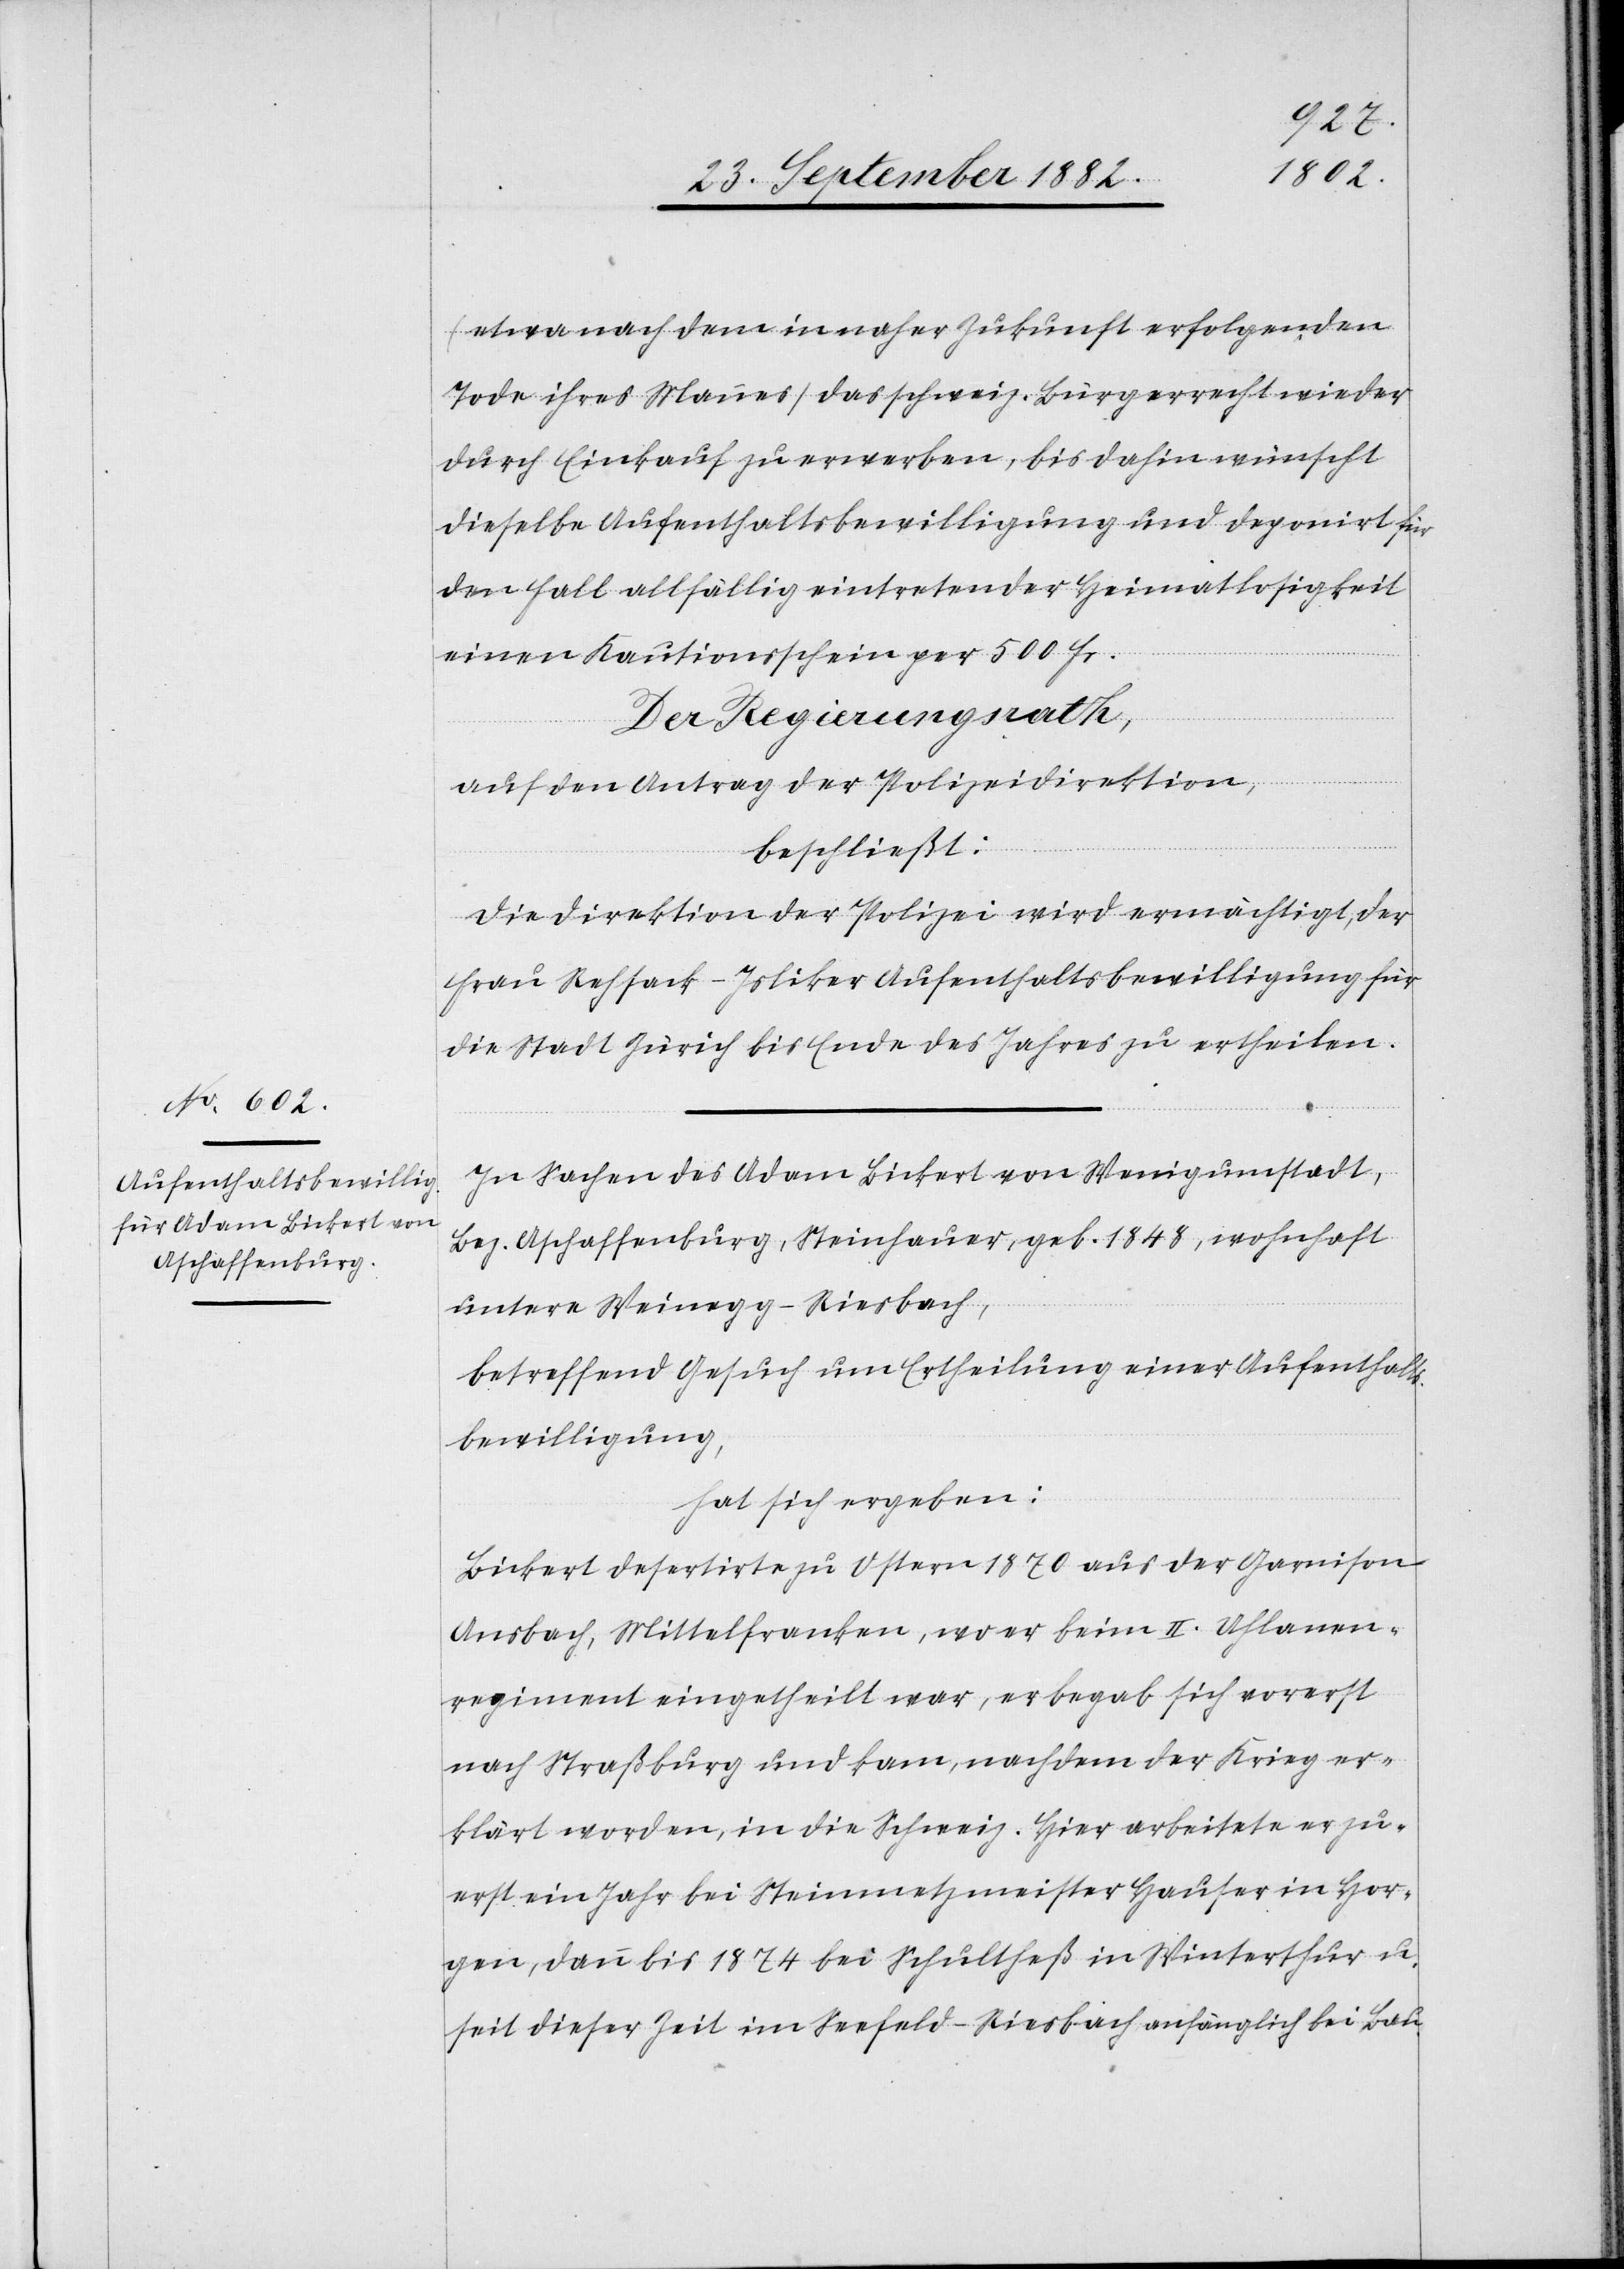
(etwa nach dem ein naher Zukunft erfolgenden
Tode ihres Mannes) das schweiz. Bürgerrecht wieder
durch Einkauf zu erwerben, bis dahin wünscht
dieselbe Aufenthaltsbewilligung und deponirt für
den Fall allfällig eintretender Heimatlosigkeit
einen Kautionsschein per 500 Fr.
Der Regierungsrath,
auf den Antrag der Polizeidirektion,
beschließt:
Die Direktion der Polizei wird ermächtigt, der
Frau Rehsack-Isliker Aufenthaltsbewilligung für
die Stadt Zürich bis Ende des Jahres zu ertheilen.
In Sachen des Adam Bickert von Wenigumstadt,
Bez. Aschaffenburg, Steinhauer, geb. 1848, wohnhaft
untere Weinegg - Riesbach,
betreffend Gesuch um Ertheilung einer Aufenthalts¬
bewilligung,
hat sich ergeben:
Bickert desertirte zu Ostern 1870 aus der Garnison
Ansbach, Mittelfranken, wo er beim II. Uhlanen¬
regiment eingetheilt war, er begab sich vorerst
nach Straßburg und kam, nachdem der Krieg er¬
klärt worden, in die Schweiz. Hier arbeitete er zu¬
erst ein Jahr bei Steinmetzmeister Hauser in Hor¬
gen, dann bis 1874 bei Schultheß in Winterthur u.
seit dieser Zeit im Seefeld - Riesbach anfänglich bei Bau-